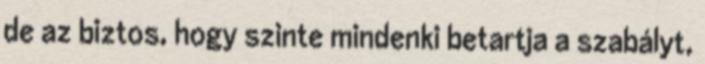
de az biztos, hogy szinte mindenki betartja a szabályt,